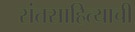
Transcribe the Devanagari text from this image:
संतसाहित्याची